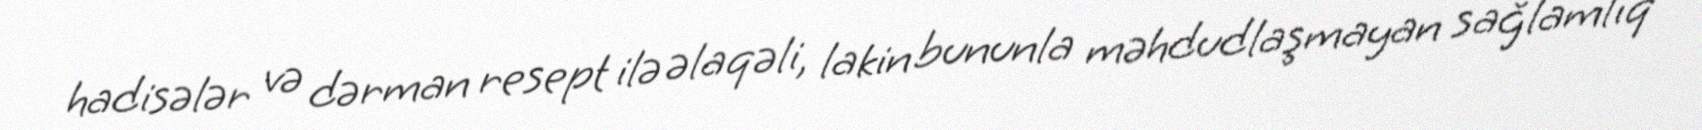
hadisələr və dərman resept ilə əlaqəli, lakin bununla məhdudlaşmayan sağlamlıq